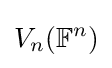
V_{n}(\mathbb {F} ^{n})